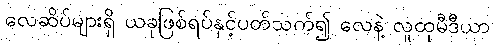
လေဆိပ်များရှိ ယခုဖြစ်ရပ်နှင့်ပတ်သက်၍ လေနဲ့ လူထုမီဒီယာ